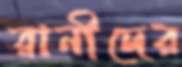
রানীদের